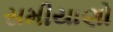
સમીયાણો